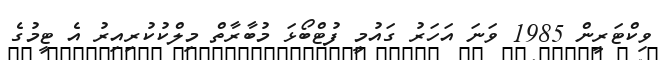
ވިކްޓަރީން 1985 ވަނަ އަހަރު ގައުމީ ފުޓްބޯޅަ މުބާރާތް މިލްކުކުރިއިރު އެ ޓީމުގެ